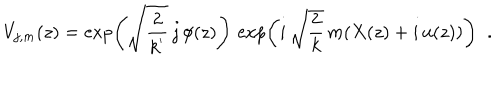
V _ { j , m } ( z ) = \exp \left( \sqrt { \frac { 2 } { k ^ { ' } } } \, j \, \phi ( z ) \right) \, \exp \left( i \, \sqrt { \frac { 2 } { k } } \, m ( X ( z ) + i \, u ( z ) ) \right) \; \; .